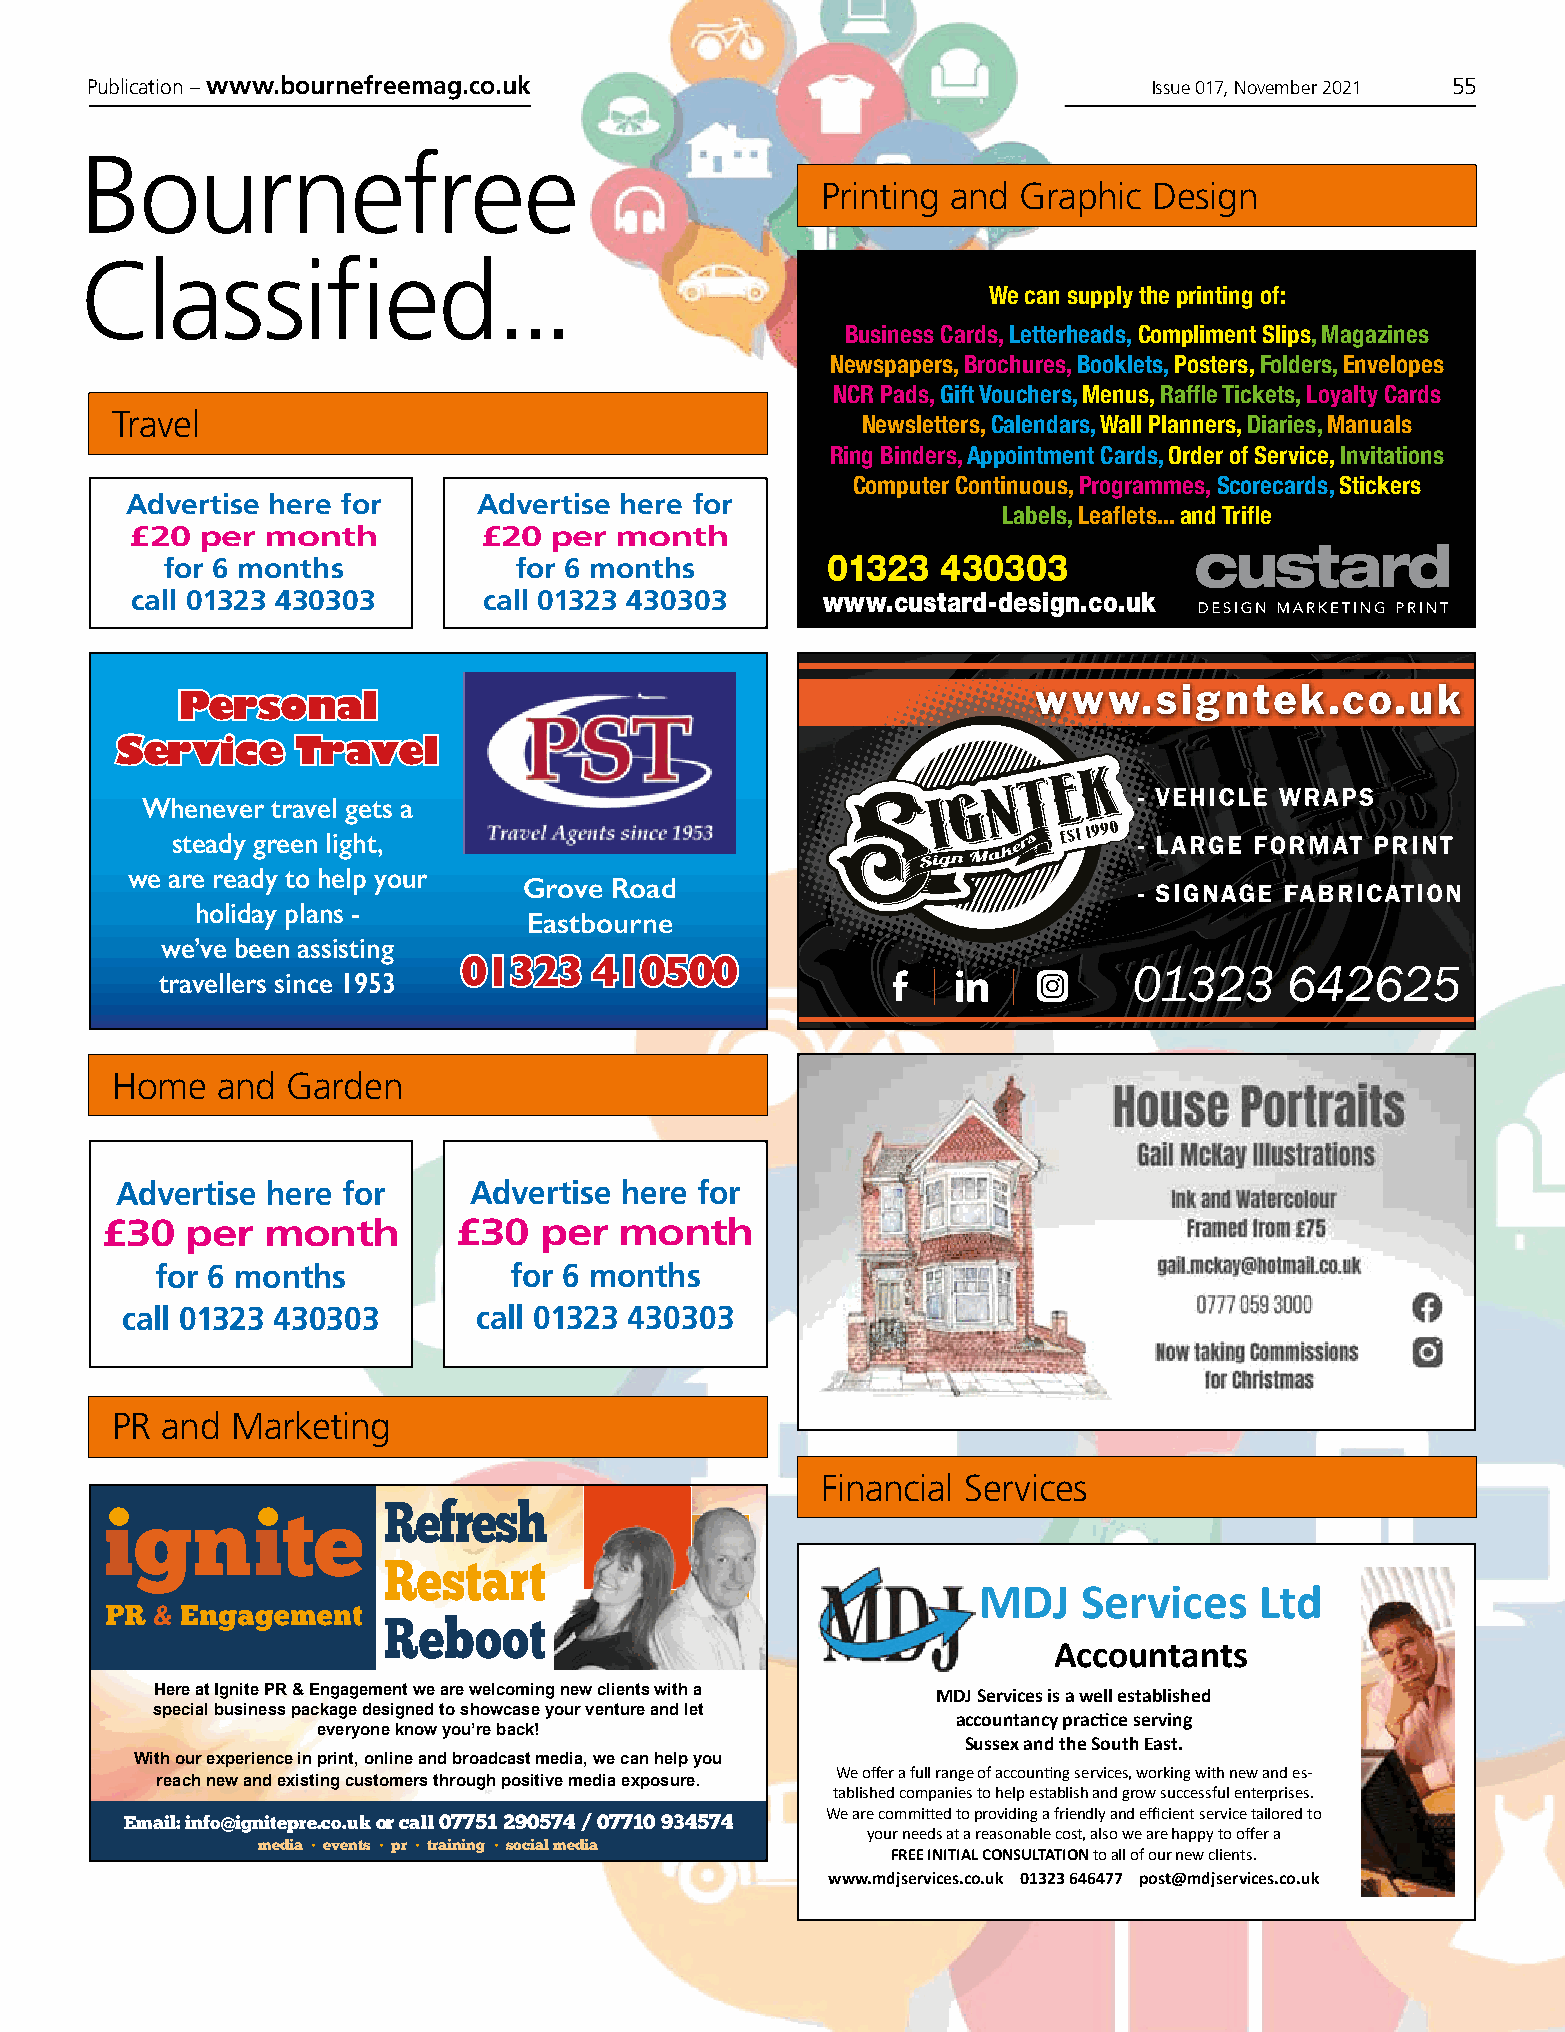
Publication – www.bournefreemag.co.uk                                 Issue 017, November 2021 55
 Bournefree
 Printing and  Graphic Design
 Classified...
 We can supply the printing of:
 Business Cards, Letterheads, Compliment Slips, Magazines
 Newspapers, Brochures, Booklets, Posters, Folders, Envelopes
 NCR Pads, Gift Vouchers, Menus, Raffle Tickets, Loyalty Cards
 Travel
 Newsletters, Calendars, Wall Planners, Diaries, Manuals
 Ring Binders, Appointment Cards, Order of Service, Invitations
 Computer Continuous, Programmes, Scorecards, Stickers
 Advertise here for      Advertise here for
 Labels, Leaflets... and Trifle
 £20 per  month         £20 per  month
 for 6 months           for 6 months         01323  430303
 call 01323 430303      call 01323 430303      www.custard-design.co.uk
 Personal
 Service     Travel
 Whenever travel gets a
 steady green light,
 we are ready to help your
 Grove Road
 holiday plans -
 Eastbourne
 we’ve been assisting
 01323   410500
 travellers since 1953
 Home   and  Garden
 Advertise here for     Advertise here for
 £30  per  month        £30   per  month
 for 6 months            for 6 months
 call 01323 430303       call 01323 430303
 PR  and Marketing
 Financial Services
 Refresh
 Restart
 MDJ    Services   Ltd
 Reboot
 Accountants
 Here at Ignite PR & Engagement we are welcoming new clients with a MDJ Services is a well established
 special business package designed to showcase your venture and let
 accountancy practice serving
 everyone know you’re back!
 Sussex and the South East.
 With our experience in print, online and broadcast media, we can help you
 We offer a full range of accounting services, working with new and es-
 reach new and existing customers through positive media exposure.
 tablished companies to help establish and grow successful enterprises.
 We are committed to providing a friendly and efficient service tailored to
 Email: info@ignitepre.co.uk or call 07751 290574 / 07710 934574
 your needs at a reasonable cost, also we are happy to offer a
 media • events • pr • training • social media
 FREE INITIAL CONSULTATION to all of our new clients.
 www.mdjservices.co.uk 01323 646477 post@mdjservices.co.uk